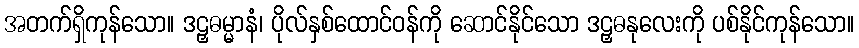
အတက်ရှိကုန်သော။ ဒဠှဓမ္မာနံ၊ ပိုလ်နှစ်ထောင်ဝန်ကို ဆောင်နိုင်သော ဒဠှဓနုလေးကို ပစ်နိုင်ကုန်သော။